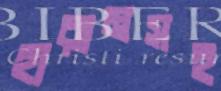
হারামসহ